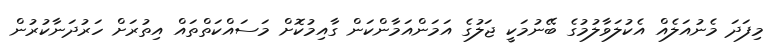
މިފަދަ މެނުއަލެއް އެކުލަވާލުމުގެ ބޭނުމަކީ ޖަލުގެ އަމަންއަމާންކަން ގާއިމުކޮށް މަސައްކަތްތައް އިތުރަށް ހަރުދަނާކުރުން